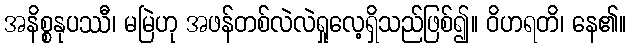
အနိစ္စနုပဿီ၊ မမြဲဟု အဖန်တစ်လဲလဲရှုလေ့ရှိသည်ဖြစ်၍။ ဝိဟရတိ၊ နေ၏။